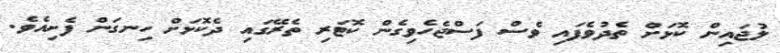
ލުޖައިން ކޮޅަށް ތެދުވެފައި ވެސް ފަސްޖެހެވިގެން ކޮޓަރި ތެރޭގައި ދެކޮޅަށް ހިނގަން ފެށިއެވެ.